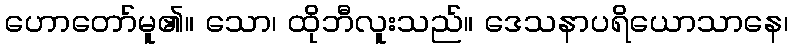
ဟောတော်မူ၏။ သော၊ ထိုဘီလူးသည်။ ဒေသနာပရိယောသာနေ၊